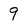
Character: 9